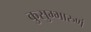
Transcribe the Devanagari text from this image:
कुसुम्भारुणं